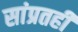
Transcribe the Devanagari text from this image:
सांप्रतही